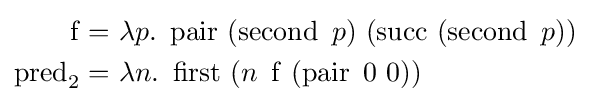
{\begin{aligned}\operatorname {f} =&\ \lambda p.\ \operatorname {pair} \ (\operatorname {second} \ p)\ (\operatorname {succ} \ (\operatorname {second} \ p))\\\operatorname {pred} _{2}=&\ \lambda n.\ \operatorname {first} \ (n\ \operatorname {f} \ (\operatorname {pair} \ 0\ 0))\\\end{aligned}}